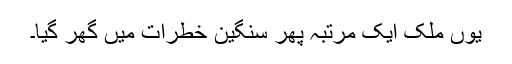
یوں ملک ایک مرتبہ پھر سنگین خطرات میں گھر گیا۔